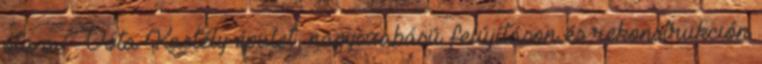
óta a Vóta Kastély épület, nagyszabású felújításon és rekonstrukción